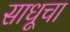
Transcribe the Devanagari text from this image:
साधूचा